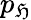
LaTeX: p_{\mathfrak{H}}